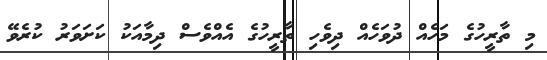
މި ތާރީހުގެ މަހެއް ދުވަހެއް ދިވެހި ތާރީހުގެ އެއްވެސް ދިމާއަކު ކަށަވަރު ކުރެވޭ